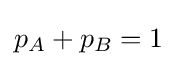
p_{A}+p_{B}=1